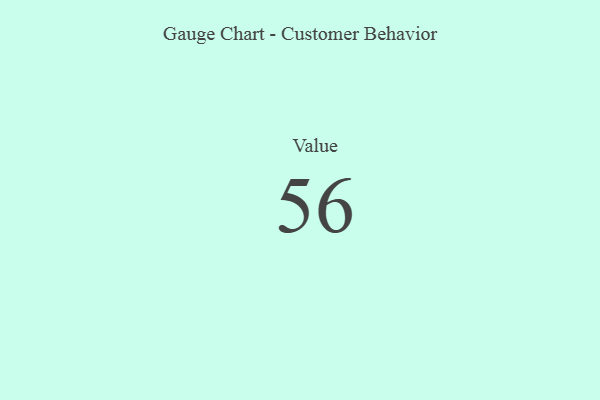
{"axis": {"x": "Metric", "y": "Value"}, "legend": [""], "data": [{"x": "Value", "y": 56, "type": ""}]}